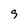
Character: 9